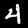
Label: 4